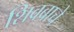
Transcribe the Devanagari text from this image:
शिवबाचे